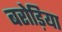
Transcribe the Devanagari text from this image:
बरोड़िया